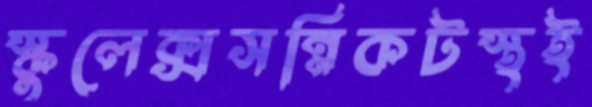
স্কুলেক্সসন্নিকটস্থই